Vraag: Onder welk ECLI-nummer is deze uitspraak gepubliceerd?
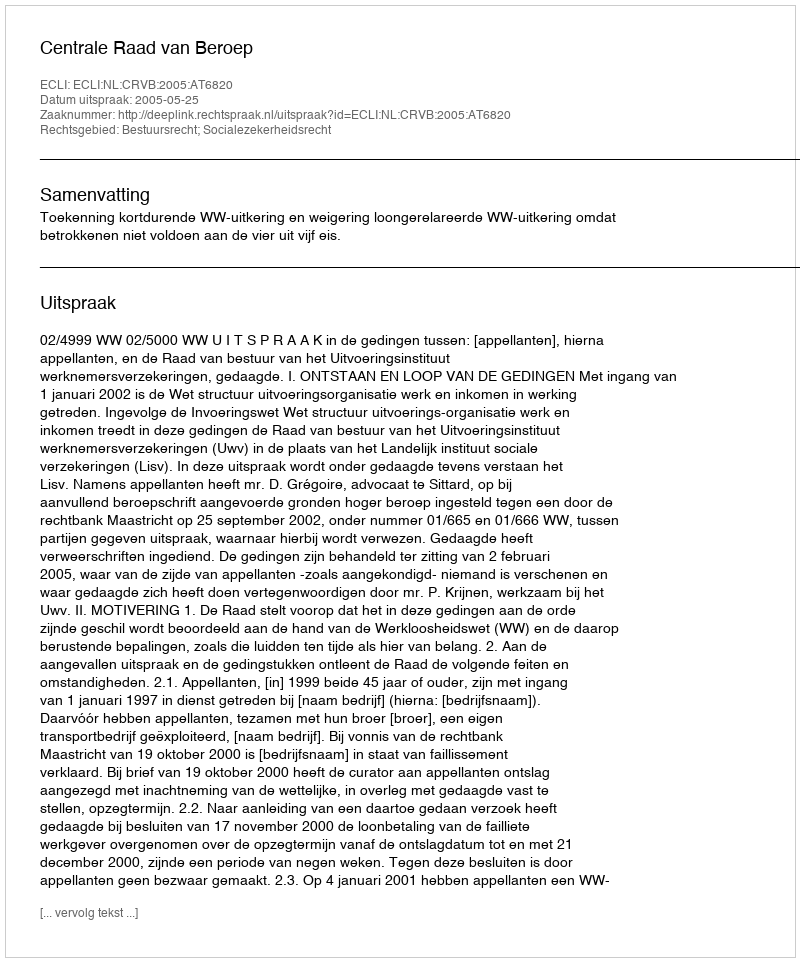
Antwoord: ECLI:NL:CRVB:2005:AT6820